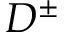
D ^ { \pm }